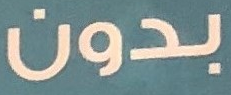
بدون